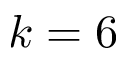
k = 6